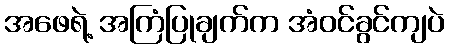
အဖေရဲ့ အကြံပြုချက်က အံဝင်ခွင်ကျပဲ